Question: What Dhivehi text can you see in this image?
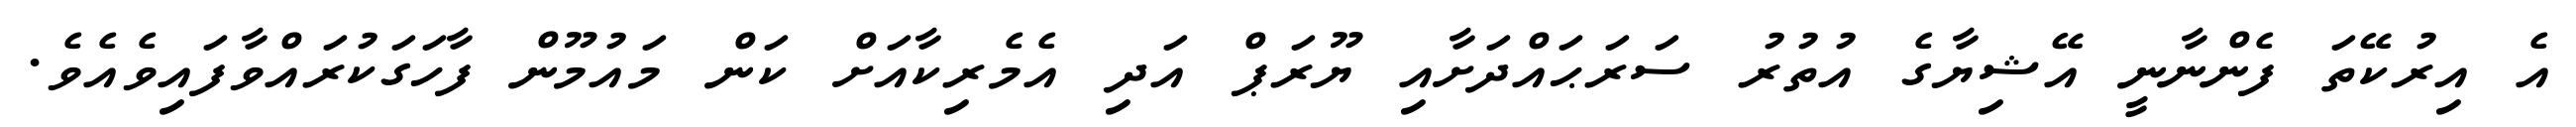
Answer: އެ އިރުކޭތަ ފެންނާނީ އޭޝިޔާގެ އުތުރު ސަރަޙައްދަށާއި ޔޫރަޕް އަދި އެމެރިކާއަށް ކަން މައުމޫން ފާހަގަކުރައްވާފައިވެއެވެ.